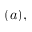
( a ) ,